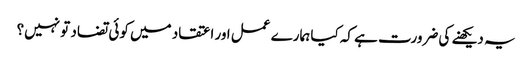
یہ دیکھنے کی ضرورت ہے کہ کیا ہمارے عمل اور اعتقاد میں کوئی تضاد تو نہیں؟